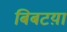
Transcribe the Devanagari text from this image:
बिबटय़ा